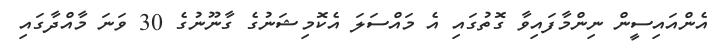
އެންއައިސީން ނިންމާފައިވާ ގޮތުގައި އެ މައްސަލަ އެކޮމިޝަނުގެ ގާނޫނުގެ 30 ވަނަ މާއްދާގައި